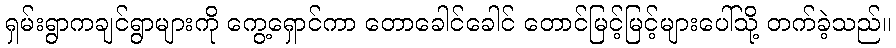
ရှမ်းရွာကချင်ရွာများကို ကွေ့ရှောင်ကာ တောခေါင်ခေါင် တောင်မြင့်မြင့်များပေါ်သို့ တက်ခဲ့သည်။